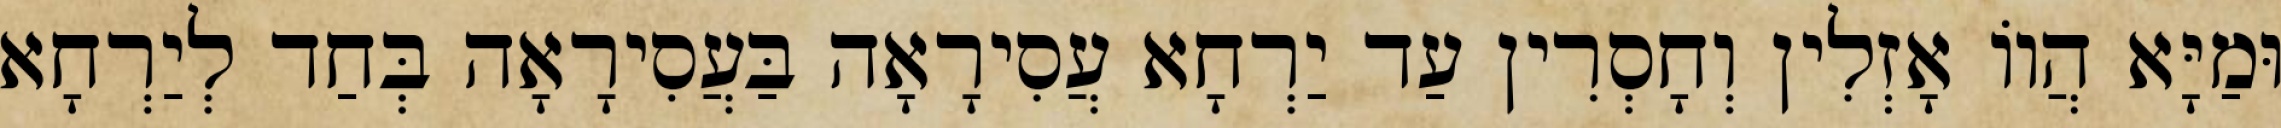
וּמַיָּא הֲווֹ אָזְלִין וְחָסְרִין עַד יַרְחָא עֲסִירָאָה בַּעֲסִירָאָה בְּחַד לְיַרְחָא